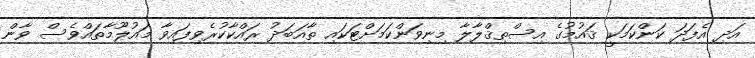
އަދި އެފަދަ ކަންކަމަކީ ޤައުމުގެ އިސްތިޤްލާލާ މިނިވަންކަމަށްޓަކައި ތާއަބަދު ރައްކާކުރެވިފައިވާ މައުލޫމާތައްވެސް ވާން